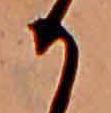
か